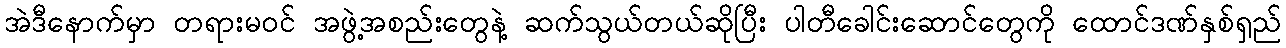
အဲဒီနောက်မှာ တရားမဝင် အဖွဲ့အစည်းတွေနဲ့ ဆက်သွယ်တယ်ဆိုပြီး ပါတီခေါင်းဆောင်တွေကို ထောင်ဒဏ်နှစ်ရှည်